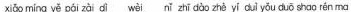
xì mǐng yě púi zài dwài nǐ zhī dòo zhè yí ouì yǒu duǒ shoo rén ma